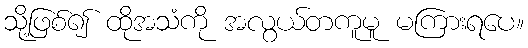
သို့ဖြစ်၍ ထိုအသံကို အလွယ်တကူမူ မကြားရပေ။